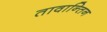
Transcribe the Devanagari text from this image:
तावान्तिन